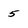
Character: 5